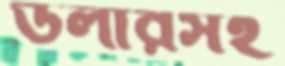
ডলারসহ